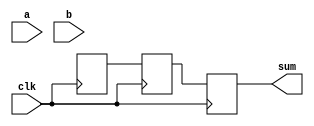
module arithmetic_unit (
    input wire [3:0] a,      // 4-bit input a
    input wire [3:0] b,      // 4-bit input b
    input wire clk,          // Clock for sequential behavior
    output reg [4:0] sum     // 5-bit output for sum (to accommodate overflow)
);

// Declarations
reg [4:0] internal_sum;    // Internal register for sum

// Task definition for addition
task add_two_numbers;
    input [3:0] x;          // First input
    input [3:0] y;          // Second input
    output [4:0] result;    // Result of addition
    begin
        result <= x + y;    // Non-blocking assignment for result
    end
endtask

// Continuous assignment using non-blocking assignments
always @(posedge clk) begin
    // Call the task to get the sum
    add_two_numbers(a, b, internal_sum);
end

// Assign internal sum to output
always @(posedge clk) begin
    sum <= internal_sum;     // Non-blocking assignment to output
end

endmodule